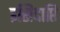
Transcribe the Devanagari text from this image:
इसिदाप्ति